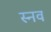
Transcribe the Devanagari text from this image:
स्नव